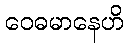
ဝေဓမာနေဟိ